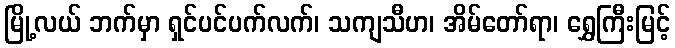
မြို့လယ် ဘက်မှာ ရှင်ပင်ပက်လက်၊ သကျသီဟ၊ အိမ်တော်ရာ၊ ရွှေကြီးမြင့်